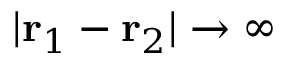
| { \bf r } _ { 1 } - { \bf r } _ { 2 } | \rightarrow \infty